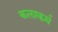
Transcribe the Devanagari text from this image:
कलाकर्म